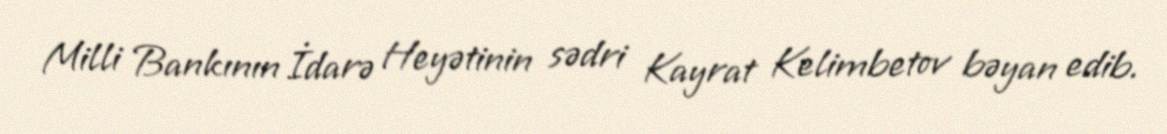
Milli Bankının İdarə Heyətinin sədri Kayrat Kelimbetov bəyan edib.